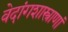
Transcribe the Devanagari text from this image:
वेदांगशास्त्राणां